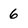
Character: 6